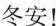
冬安！